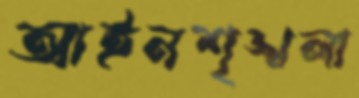
আইনশৃঙ্খলা